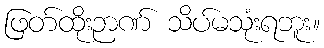
ဖြတ်ထိုးဉာဏ် သိပ်မသုံးရဘူး။